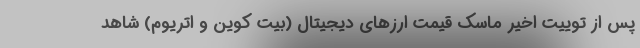
پس از توییت اخیر ماسک قیمت ارزهای دیجیتال (بیت کوین و اتریوم) شاهد